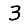
Digit: 3